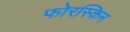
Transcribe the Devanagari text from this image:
फोरस्किन